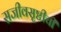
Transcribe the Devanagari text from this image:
सजीवसृष्टीची